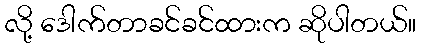
လို့ ဒေါက်တာခင်ခင်ထားက ဆိုပါတယ်။